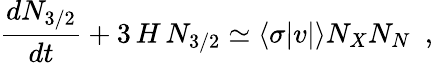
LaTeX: \frac{dN_{3/2}}{dt}+3\, H\, N_{3/2}\simeq\langle\sigma\vert v\vert\rangle N_{X}N_{N}\, \, \, ,